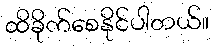
ထိခိုက်စေနိုင်ပါတယ်။